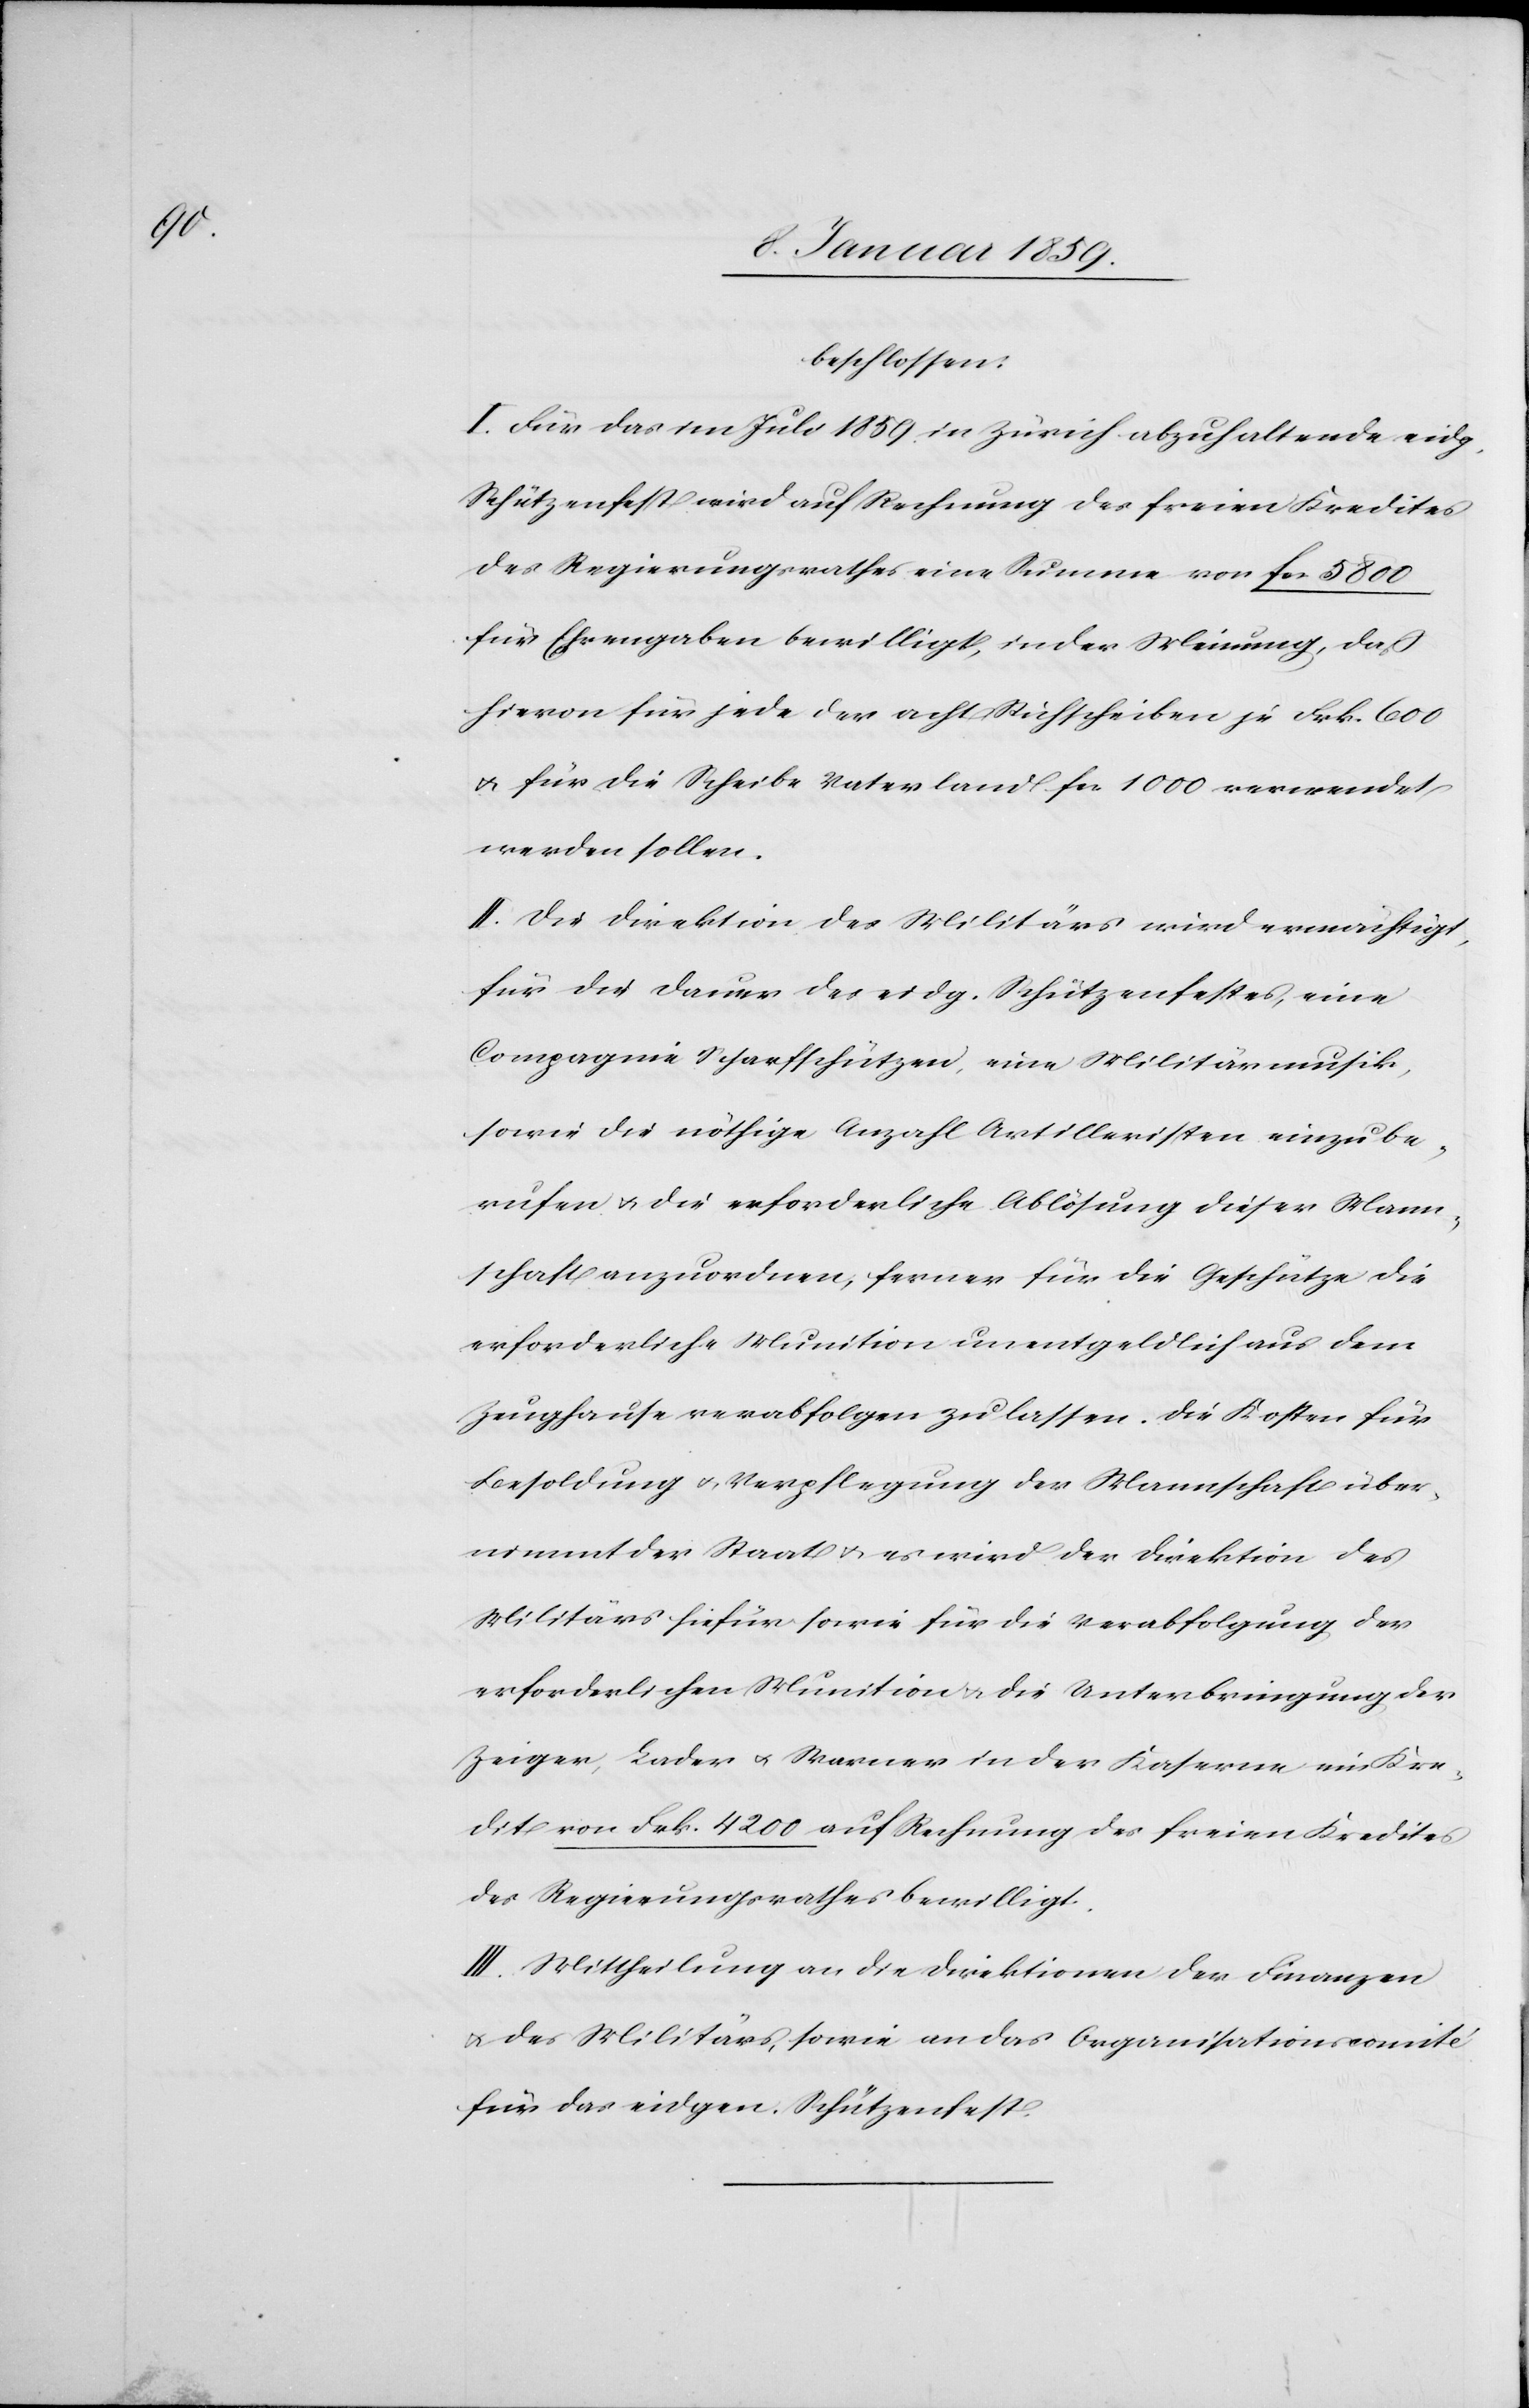
beschlossen:
I. Für das im Juli 1859 in Zürich abzuhaltende eidg.
Schützenfest wird auf Rechnung des freien Kredites
des Regierungsrathes eine Summe von fcs 5800
für Ehrengaben bewilligt, in der Meinung, daß
hievon für jede der acht Stichscheiben je Frk. 600
u. für die Scheibe Vaterland fcs 1000 verwendet
werden sollen.
II. Die Direktion des Militärs wird ermächtigt,
für die Dauer des eidg. Schützenfestes, eine
Compagnie Scharfschützen, eine Militärmusik,
sowie die nöthige Anzahl Artilleristen einzube¬
rufen u. die erforderliche Ablösung dieser Mann¬
schaft anzuordnen, ferner für die Geschütze die
erforderliche Munition unentgeldlich aus dem
Zeughause verabfolgen zu lassen. Die Kosten für
Besoldung u. Verpflegung der Mannschaft über¬
nimmt der Staat u. es wird der Direktion des
Militärs hiefür sowie für die Verabfolgung der
erforderlichen Munition u. die Unterbringung der
Zeiger, Lader u. Marner in der Kaserne ein Kre¬
dit von Frk. 4200 auf Rechnung des freien Kredites
des Regierungsrathes bewilligt.
III Mittheilung an die Direktion der Finanzen
u. des Militärs, sowie an das Organisationscomité
für das eidg. Schützenfest.